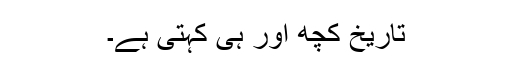
تاریخ کچھ اور ہی کہتی ہے۔